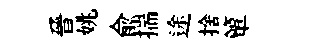
晉姚俞揣途捨簞